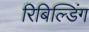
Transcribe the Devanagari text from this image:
रिबिल्डिंग